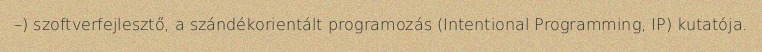
–) szoftverfejlesztő, a szándékorientált programozás (Intentional Programming, IP) kutatója.